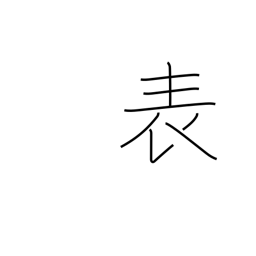
Meaning: surface